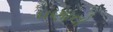
ધણાનો